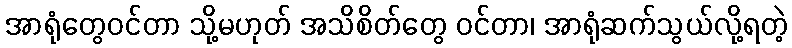
အာရုံတွေဝင်တာ သို့မဟုတ် အသိစိတ်တွေ ဝင်တာ၊ အာရုံဆက်သွယ်လို့ရတဲ့